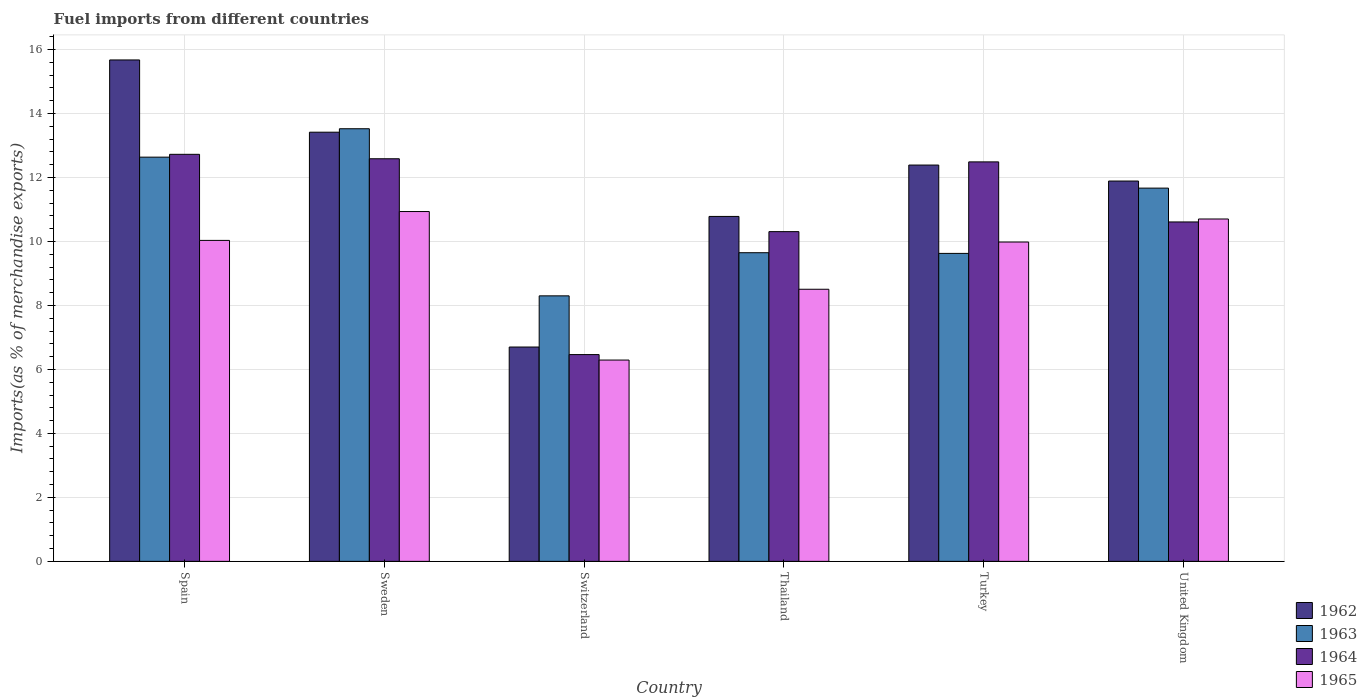
| Country | 1962 | 1963 | 1964 | 1965 |
 | --- | --- | --- | --- | --- |
 | Spain | 15.7 | 12.6 | 12.7 | 10 |
 | Sweden | 13.4 | 13.5 | 12.6 | 10.9 |
 | Switzerland | 6.7 | 8.3 | 6.46 | 6.29 |
 | Thailand | 10.8 | 9.65 | 10.3 | 8.51 |
 | Turkey | 12.4 | 9.63 | 12.5 | 9.98 |
 | United Kingdom | 11.9 | 11.7 | 10.6 | 10.7 |